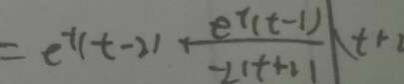
= e ^ { - t } ( t - 2 ) + \frac { e ^ { t } _ { ( t - 1 } ) } { 2 ( t + 2 ) } \vert ( t + 2